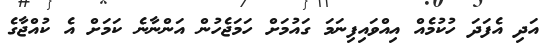
އަދި އެފަދަ ހުކުމެއް އިއްވައިފިނަމަ ގައުމަށް ހަމަޖެހުން އަންނާނެ ކަމަށް އެ ކުއްޖާގެ